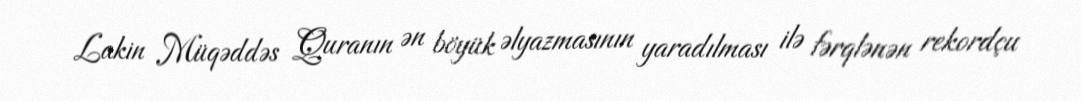
Lakin Müqəddəs Quranın ən böyük əlyazmasının yaradılması ilə fərqlənən rekordçu